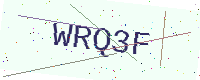
Text: WRQ3F